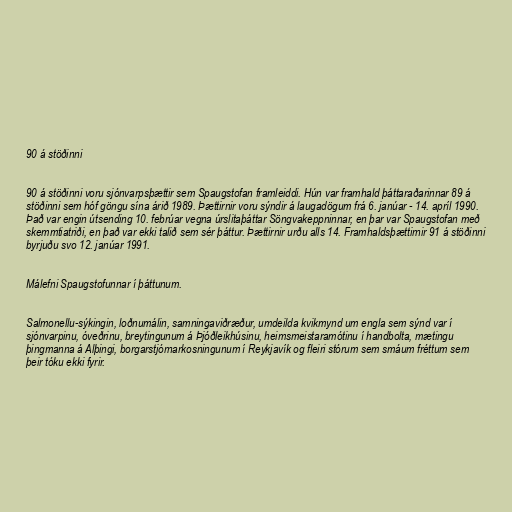
90 á stöðinni

90 á stöðinni voru sjónvarpsþættir sem Spaugstofan framleiddi. Hún var framhald þáttaraðarinnar 89 á
stöðinni sem hóf göngu sína árið 1989. Þættirnir voru sýndir á laugadögum frá 6. janúar - 14. apríl 1990.
Það var engin útsending 10. febrúar vegna úrslitaþáttar Söngvakeppninnar, en þar var Spaugstofan með
skemmtiatriði, en það var ekki talið sem sér þáttur. Þættirnir urðu alls 14. Framhaldsþættirnir 91 á stöðinni
byrjuðu svo 12. janúar 1991.

Málefni Spaugstofunnar í þáttunum.

Salmonellu-sýkingin, loðnumálin, samningaviðræður, umdeilda kvikmynd um engla sem sýnd var í
sjónvarpinu, óveðrinu, breytingunum á Þjóðleikhúsinu, heimsmeistaramótinu í handbolta, mætingu
þingmanna á Alþingi, borgarstjórnarkosningunum í Reykjavík og fleiri stórum sem smáum fréttum sem
þeir tóku ekki fyrir.